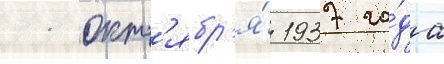
11 окт'ябр'я́ 1937 го́да